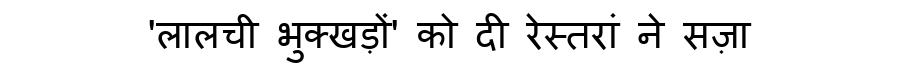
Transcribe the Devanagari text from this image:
'लालची भुक्खड़ों' को दी रेस्तरां ने सज़ा